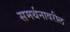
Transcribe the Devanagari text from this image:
समर्थनावरील